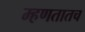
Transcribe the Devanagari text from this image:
म्हणतातच